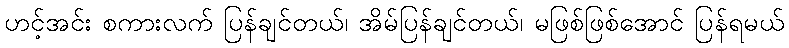
ဟင့်အင်း စကားလက် ပြန်ချင်တယ်၊ အိမ်ပြန်ချင်တယ်၊ မဖြစ်ဖြစ်အောင် ပြန်ရမယ်